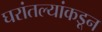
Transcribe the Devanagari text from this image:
घरांतल्यांकडून